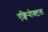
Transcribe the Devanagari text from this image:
एक्विनोक्टल